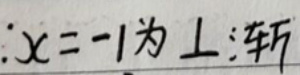
$\therefore x=-1$为上轴